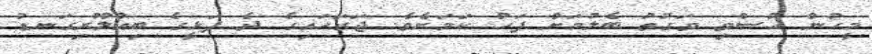
މީހުން ހުސްވި ވަގުތު ބެލުމަށް ފަހު ކަމަށެވެ. ޖަގަހައިގެ ދެ ފަޅީގެ ބިއްލޫރިގަނޑު